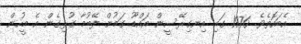
އެބައޮތެވެ. 1976 ގައި އިނގިރޭސީން އައްޑޫ ގަމުން ފޭބުމާ ގުޅިގެން އެ މީހުން